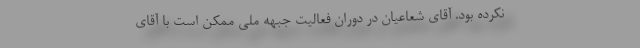
نكرده بود. آقای شعاعیان در دوران فعالیت جبهه ملی ممكن است با آقای